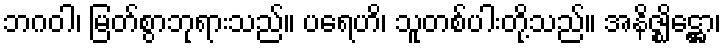
ဘဂဝါ၊ မြတ်စွာဘုရားသည်။ ပရေဟိ၊ သူတစ်ပါးတို့သည်။ အနိဇ္ဈိဋ္ဌော၊